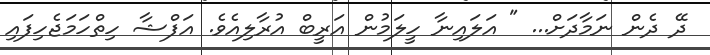
ދޭ ދެން ނަމާދަށް... " އަލައިނާ ހީލަމުން އަރީބް އުރާލިއެވެ. އަފްޝާ ހިތްހަމަޖެހިފައި